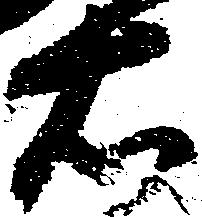
右